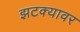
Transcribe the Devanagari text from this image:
झटक्यावर